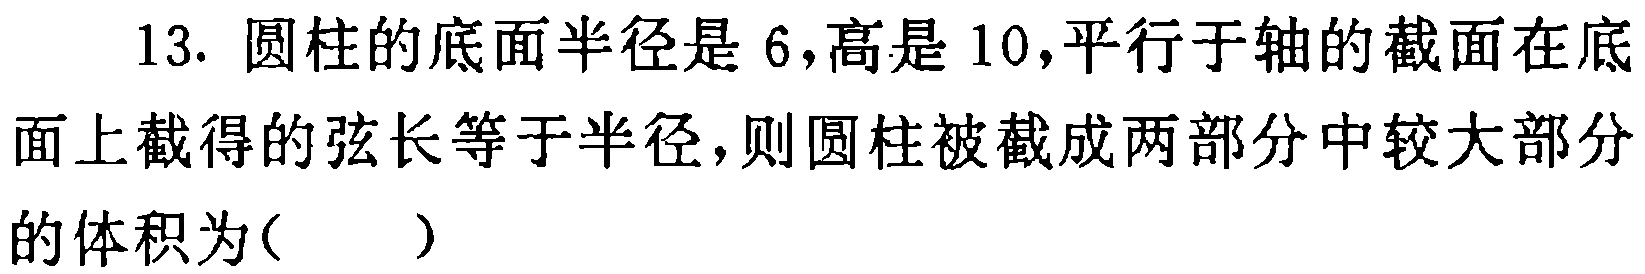
13. 圆柱的底面半径是 6，高是 10，平行于轴的截面在底面上截得的弦长等于半径，则圆柱被截成两部分中较大部分的体积为( )